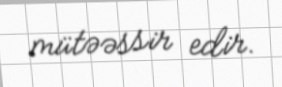
mütəəssir edir.